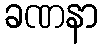
ခဏနာ